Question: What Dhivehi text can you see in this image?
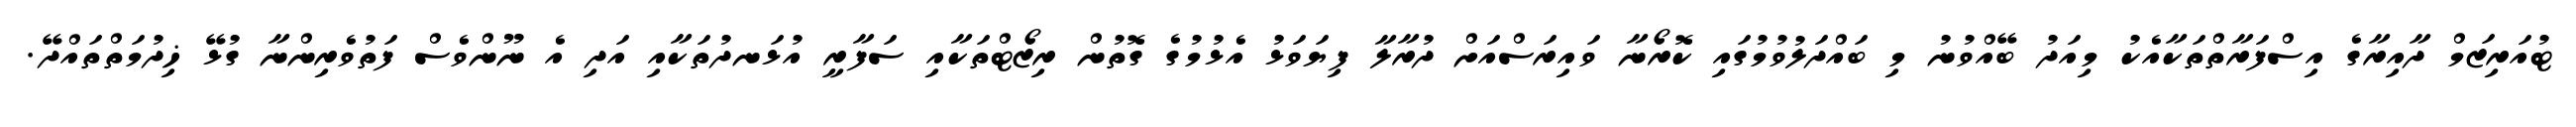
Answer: ޓުއަރިޒަމް ދާއިރާގެ އިސްފަރާތްތަކާއެކު މިއަދު ބޭއްވުނު މި ބައްދަލުވުމުގައި ކޮރޯނާ ވައިރަސްއަށް ދުރާލާ ފިޔަވަޅު އެޅުމުގެ ގޮތުން ރިޒޯޓްތަކާއި ސަފާރީ އުޅަނދުތަކާއި އަދި އެ ނޫންވެސް ފަތުވެރިންނާ ގުޅޭ ޚިދުމަތްތައްދޭ.